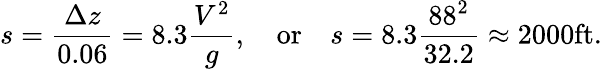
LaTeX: s={\frac{\Delta z}{0.06}}=8.3{\frac{V^{2}}{g}},\quad{\mathrm{or}}\quad s=8.3{\frac{88^{2}}{32.2}}\approx 2000{\mathrm{ft}}.